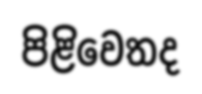
පිළිවෙතද